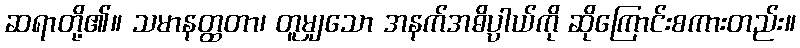
ဆရာတို့၏။ သမာနတ္ထတာ၊ တူမျှသော အနက်အဓိပ္ပာယ်ကို ဆိုကြောင်းစကားတည်း။